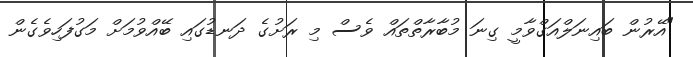
"އޭރުން ބައިނަލްއަގްވާމީ ގިނަ މުބާރާތްތައް ވެސް މި ރަށުގެ ދަނޑުގައި ބޭއްވުމަށް މަގުފަހިވެގެން